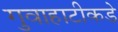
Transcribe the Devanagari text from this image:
गुवाहाटीकडे